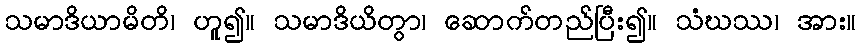
သမာဒိယာမိတိ၊ ဟူ၍။ သမာဒိယိတွာ၊ ဆောက်တည်ပြီး၍။ သံဃဿ၊ အား။